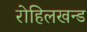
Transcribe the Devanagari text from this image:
रोहिलखन्ड